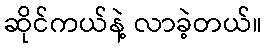
ဆိုင်ကယ်နဲ့ လာခဲ့တယ်။